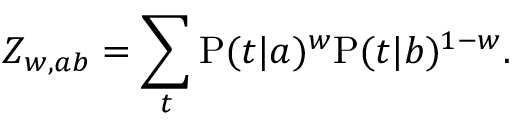
Z _ { w , a b } = \sum _ { t } \mathrm { P } ( t | a ) ^ { w } \mathrm { P } ( t | b ) ^ { 1 - w } .